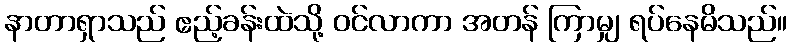
နာတာရှာသည် ဧည့်ခန်းထဲသို့ ဝင်လာကာ အတန် ကြာမျှ ရပ်နေမိသည်။